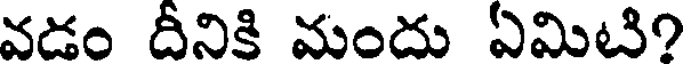
వడం దీనికి మందు ఏమిటి?